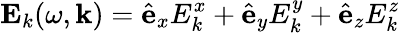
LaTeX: \mathbf{E}_{k}(\omega,\mathbf k)=\hat{\mathbf e}_{x}E_{k}^{x}+\hat{\mathbf e}_{y}E_{k}^{y}+\hat{\mathbf e}_{z}E_{k}^{z}